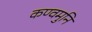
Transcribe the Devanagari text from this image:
कण्वमुनि